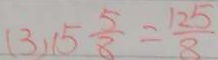
( 3 ) 1 5 \frac { 5 } { 8 } = \frac { 1 2 5 } { 8 }